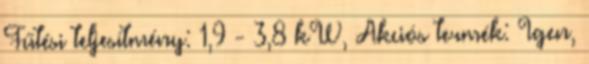
Fűtési teljesítmény: 1,9 - 3,8 kW, Akciós termék: Igen,